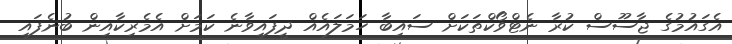
އެގައުމުގެ ޖާސޫސް ކުރާ ނެޓްވޯކްތަކަށް ސައިބާ ހަމަލައެއް ދީފައިވާނެ ކަމަށް އެމެރިކާއިން ބުނެފައި